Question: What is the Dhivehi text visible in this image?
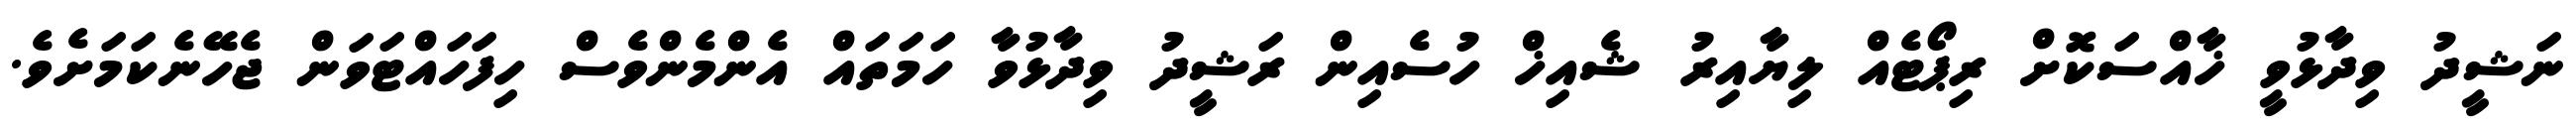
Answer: ނަޝީދު ވިދާޅުވީ ޚާއްސަކޮށް ރިޕޯޓެއް ލިޔާއިރު ޝެއިޚް ހުސެއިން ރަޝީދު ވިދާޅުވާ ހަމަތައް އެންމެންވެސް ހިފަހައްޓަވަން ޖެހޭނެކަމަށެވެ.